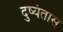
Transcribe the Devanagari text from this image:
दुष्यंतास